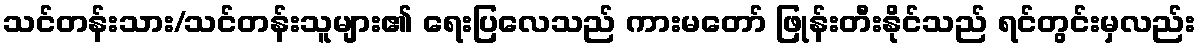
သင်တန်းသား/သင်တန်းသူများ၏ ရေးပြလေသည် ကားမတော် ဖြုန်းတီးနိုင်သည် ရင်တွင်းမှလည်း